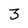
Character: 3